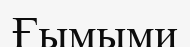
Ғымыми